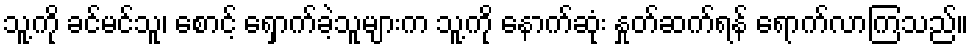
သူ့ကို ခင်မင်သူ၊ စောင့် ရှောက်ခဲ့သူများက သူ့ကို နောက်ဆုံး နှုတ်ဆက်ရန် ရောက်လာကြသည်။